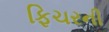
ફિચરની